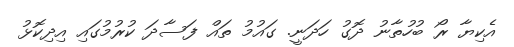
އެކިޔާ ރޯ ބުހުތާނު ދޮގު ހަދަނީ. ގައުމު ތައް ފަސާދަ ކުރުމުގައި އިދިކޮޅު